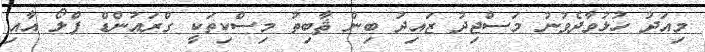
މިއަދު ހުޅުވާދެވުނު މަސްޖިދު ޒައިދު ބިން ޘާބިތު މިސްކިތަކީ ގްރައުންޑް ފްލޯ އާއި